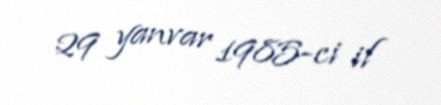
29 yanvar 1985-ci il